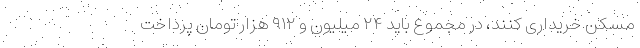
مسکن خریداری کنند، در مجموع باید ۲۴ میلیون و ۹۱۲ هزار تومان پرداخت